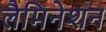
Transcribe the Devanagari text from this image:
लैमिनेशन